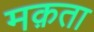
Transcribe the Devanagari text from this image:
मक़ता